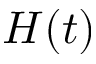
H ( t )